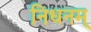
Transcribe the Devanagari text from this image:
निधनम्